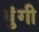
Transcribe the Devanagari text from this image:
बुंगी